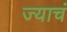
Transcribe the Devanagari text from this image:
ज्याचं